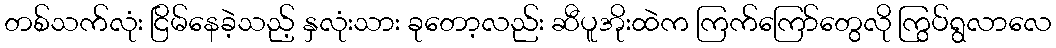
တစ်သက်လုံး ငြိမ်နေခဲ့သည့် နှလုံးသား ခုတော့လည်း ဆီပူအိုးထဲက ကြက်ကြော်တွေလို ကြွပ်ရွလာလေ